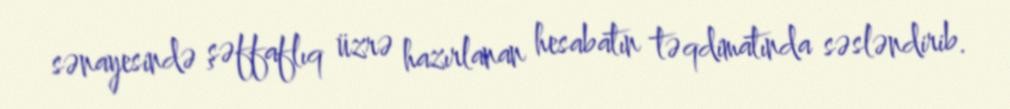
sənayesində şəffaflıq üzrə hazırlanan hesabatın təqdimatında səsləndirib.